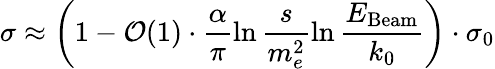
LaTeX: \sigma\approx\left(1-{\cal O}(1)\cdot\frac{\alpha}{\pi}\ln\frac{s}{m_{e}^{2}}\ln\frac{E_{\mathrm{Beam}}}{k_{0}}\right)\cdot\sigma_{0}